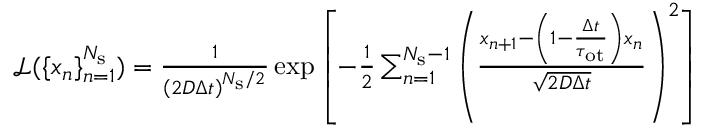
\begin{array} { r } { \mathcal { L } ( \{ x _ { n } \} _ { n = 1 } ^ { N _ { \mathrm { s } } } ) = \frac { 1 } { \left( 2 D \Delta t \right) ^ { N _ { \mathrm { s } } / 2 } } \exp \left[ - \frac { 1 } { 2 } \sum _ { n = 1 } ^ { N _ { \mathrm { s } } - 1 } \left( \frac { x _ { n + 1 } - \left( 1 - \frac { \Delta t } { \tau _ { \mathrm { o t } } } \right) x _ { n } } { \sqrt { 2 D \Delta t } } \right) ^ { 2 } \right] } \end{array}